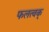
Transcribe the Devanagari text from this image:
फलत्वक्‌